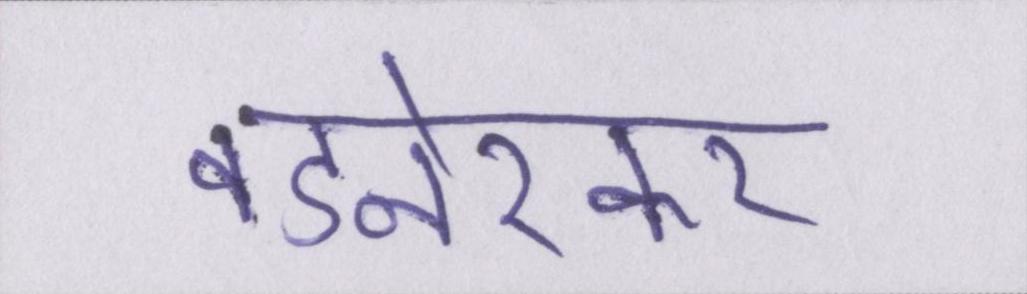
वडनेरकर